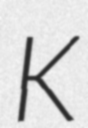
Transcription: K